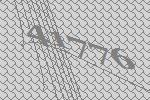
41776